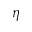
\eta